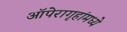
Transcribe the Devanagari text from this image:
ऑपेरागृहांमध्ये